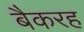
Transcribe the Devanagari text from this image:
बैकरह